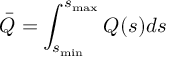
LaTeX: \bar { Q } = \int _ { s _ { \operatorname * { m i n } } } ^ { s _ { \operatorname * { m a x } } } Q ( s ) d s